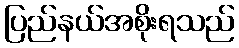
ပြည်နယ်အစိုးရသည်